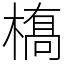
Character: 𫞎